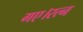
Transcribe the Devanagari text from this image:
गए।रत्न